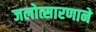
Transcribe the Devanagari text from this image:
जलोत्सारणाने